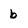
Character: b